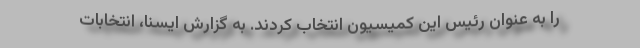
را به عنوان رئیس این کمیسیون انتخاب کردند. به گزارش ایسنا، انتخابات